Punjab Mental Hospital Lahore 1922-31 - 1922-1931
Year: 1922
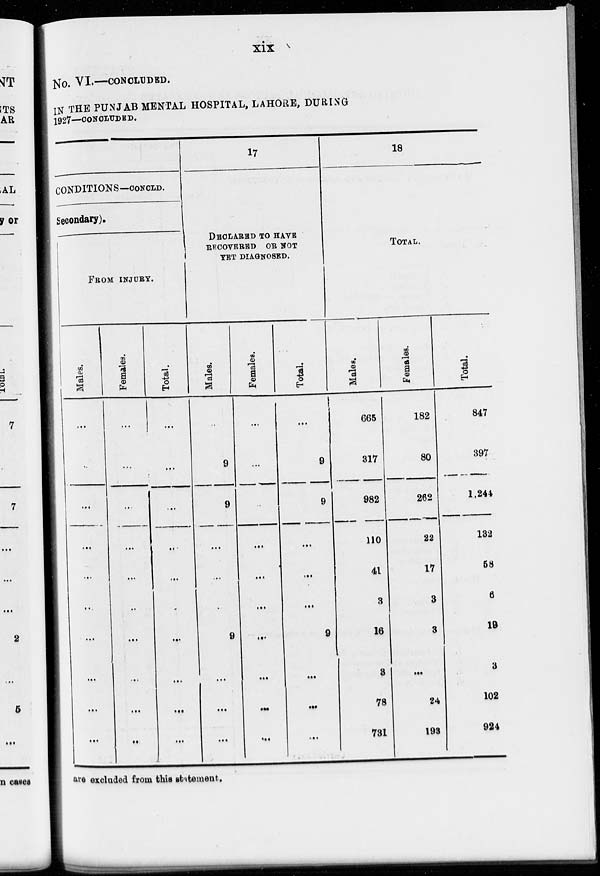
xix
No. VI.—CONCLUDED.
IN THE PUNJAB MENTAL HOSPITAL, LAHORE, DURING
1927—CONCLUDED.
CONDITIONS—CONCLD.
Secondary).
FROM INJURY.
Males.
...
...
...
...
...
...
...
...
...
...
Females.
...
...
...
...
...
...
...
...
...
...
Total.
...
...
...
...
...
...
...
...
...
...
17
DECLARED TO HAVE
RECOVERED OR NOT
YET DIAGNOSED.
Males.
..
9
9
...
...
...
9
...
...
...
Females.
...
...
...
...
...
...
...
...
...
...
Total.
...
9
9
...
...
...
9
...
...
...
18
TOTAL.
Males.
665
317
982
110
41
3
16
3
78
731
Females.
182
80
262
22
17
3
3
...
24
193
Total.
847
397
1,244
132
58
6
19
3
102
924
are excluded from this statement.